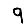
Digit: 9